system: You are a helpful assistant.
user:
Analyze the provided spectrum to determine if it is a **S-type Star**.

- **Key Indicators for S-type Star:**

    - **(Overall Spectrum Shape):** The first and most obvious characteristic is the overall continuum (the "baseline" shape). It is **extremely "red-sloping,"** meaning the flux (light intensity) is very low on the left side (blue, ~4000-4500 Å) and rises steeply and continuously toward the right side (red, ~7000 Å+).

    - **(Primary):** The spectrum is defined by the presence of strong, broad molecular absorption "valleys" (bands) from **Zirconium Oxide (ZrO)**. The identification of these bands is the **primary requirement** for classifying a star as S-type.
        - **(Key Bandheads):** You must find distinct, deep "dips" where the light has been absorbed. The most critical band systems to locate are:
            - **~6474 Å** ($\gamma$-system): This is often the strongest and clearest ZrO feature, found in the red part of the spectrum.
            - **~5718 Å** & **~5551 Å** ($\beta$-system): A pair of prominent absorption features in the yellow-orange part of the spectrum.
            - **~4640 Å** ($\alpha$-system): A key absorption band system in the blue-green region of the spectrum.

    - **(Secondary Confirmation):** The classification is strengthened by finding additional absorption bands from other related heavy element oxides, which are expected to be present alongside ZrO.
        - **(Key Bandheads):**
            - **Yttrium Oxide (YO):** Look for absorption dips near **~4800 Å** and **~6100 Å**.
            - **Lanthanum Oxide (LaO):** Additional absorption features, particularly in the red-orange part of the spectrum, are also characteristic.

    - **(Line Profile):** The combination of the steep red continuum and these numerous, deep molecular bands (ZrO, YO, etc.) gives the entire spectrum a very **"chopped-up"** or **"bumpy"** appearance. Instead of a smooth curve, the spectrum looks as though large, wide chunks of light have been "carved out" of it at the specific wavelengths listed above.

Think first, call **spectral_visualization_tool** if needed to examine features in detail, then provide your final answer. Your response must adhere to the following strict rules:
1.  **Overall Structure:** Your response must follow the format `<think>...</think> <tool_call>...</tool_call> (if a tool is used) <answer>...</answer>`.
2.  **Tool Usage Constraint:** You may only make **one** tool call per turn.
3.  **Final Answer Format:** In the `<answer>` tag, your conclusion must be inside a `\boxed{}` command (e.g., `\boxed{YES}` or `\boxed{NO}`), followed by your justification.

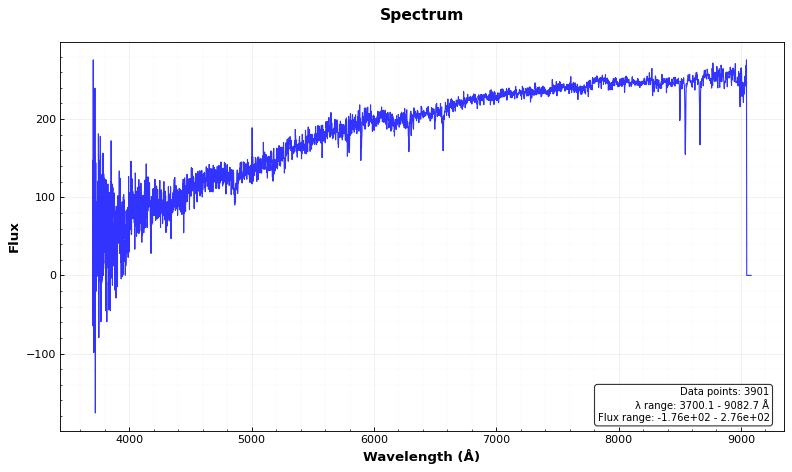
Answer: NO